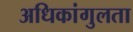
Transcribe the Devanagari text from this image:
अधिकांगुलता